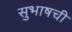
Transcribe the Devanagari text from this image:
सुभाषची